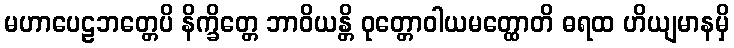
မဟာပေဠဘတ္တေပိ နိက္ခိတ္တေ ဘာဝိယန္တိ ဝုတ္တောဝါယမတ္ထောတိ ဓရထ ဟိယျမာနမှိ